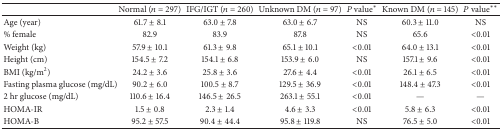
<table><thead><tr><td><b> </b></td><td><b>Normal (<i>n</i> = 297)</b></td><td><b>IFG/IGT (<i>n</i> = 260)</b></td><td><b>Unknown DM (<i>n</i> = 97)</b></td><td><b><i>P</i> value<sup>*</sup></b></td><td><b>Known DM (<i>n</i> = 145)</b></td><td><b><i>P</i> value<sup>**</sup></b></td></tr></thead><tbody><tr><td>Age (year)</td><td>61.7 ± 8.1</td><td>63.0 ± 7.8</td><td>63.0 ± 6.7</td><td>NS</td><td>60.3 ± 11.0</td><td>NS </td></tr><tr><td>% female</td><td>82.9</td><td>83.9</td><td>87.8</td><td>NS</td><td>65.6</td><td>&lt;0.01</td></tr><tr><td>Weight (kg)</td><td>57.9 ± 10.1</td><td>61.3 ± 9.8</td><td>65.1 ± 10.1</td><td>&lt;0.01</td><td>64.0 ± 13.1</td><td>&lt;0.01</td></tr><tr><td>Height (cm)</td><td>154.5 ± 7.2</td><td>154.1 ± 6.8</td><td>153.9 ± 6.0</td><td>NS</td><td>157.1 ± 9.6</td><td>&lt;0.01</td></tr><tr><td>BMI (kg/m<sup>2</sup>)</td><td>24.2 ± 3.6</td><td>25.8 ± 3.6</td><td>27.6 ± 4.4</td><td>&lt;0.01</td><td>26.1 ± 6.5</td><td>&lt;0.01</td></tr><tr><td>Fasting plasma glucose (mg/dL)</td><td>90.2 ± 6.0</td><td>100.5 ± 8.7</td><td>129.5 ± 36.9</td><td>&lt;0.01</td><td>148.4 ± 47.3</td><td>&lt;0.01</td></tr><tr><td>2 hr glucose (mg/dL)</td><td>110.6 ± 16.4</td><td>146.5 ± 26.5</td><td>263.1 ± 55.1</td><td>&lt;0.01</td><td>—</td><td>—</td></tr><tr><td>HOMA-IR</td><td>1.5 ± 0.8</td><td>2.3 ± 1.4</td><td>4.6 ± 3.3</td><td>&lt;0.01</td><td>5.8 ± 6.3</td><td>&lt;0.01</td></tr><tr><td>HOMA-B</td><td>95.2 ± 57.5</td><td>90.4 ± 44.4</td><td>95.8 ± 119.8</td><td>NS</td><td>76.5 ± 5.0</td><td>&lt;0.01</td></tr></tbody></table>